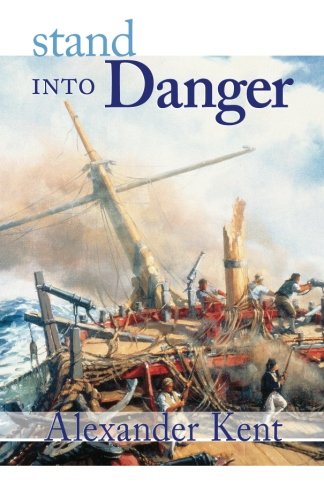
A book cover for Stand Into Danger (The Bolitho Novels) (Volume 2); Alexander Kent; Politics & Social Sciences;